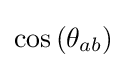
\cos \left(\theta _{ab}\right)